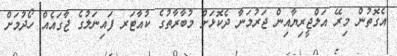
އެގޮތުން މިރޭ އަލްޖީރިޔާއިން ޖަރުމަނާ ދެކޮޅަށް މުބާރާތުގެ ކުއާޓަރ ފައިނަލުގެ ޖާގައެއް ހޯދުމަށް